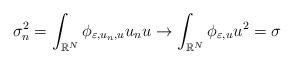
LaTeX: \begin{align*}\sigma_{n}^{2} = \int_{\mathbb R^N} \phi_{\varepsilon,u_{n}, u} u_n u \rightarrow \int_{\mathbb R^N} \phi_{\varepsilon, u} u^2=\sigma\end{align*}